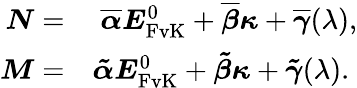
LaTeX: \begin{array}{rl}{\boldsymbol{{N}}=}&{\; \boldsymbol{{\overline{{\alpha}}}}\boldsymbol{{E}}_{\mathrm{FvK}}^{0}+\boldsymbol{{\overline{{\beta}}}}\boldsymbol{{\kappa}}+\boldsymbol{{\overline{{\gamma}}}}(\lambda),}\\ {\boldsymbol{{M}}=}&{\boldsymbol{{\tilde{\alpha}}}\boldsymbol{{E}}_{\mathrm{FvK}}^{0}+\boldsymbol{{\tilde{\beta}}}\boldsymbol{{\kappa}}+\boldsymbol{{\tilde{\gamma}}}(\lambda).}\end{array}